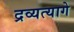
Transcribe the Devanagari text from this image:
द्रव्यत्यागे